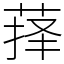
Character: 萚